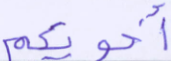
أخويكم